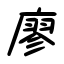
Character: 廖